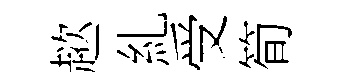
趑糺受筍